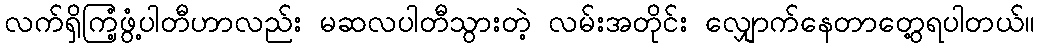
လက်ရှိကြံ့ဖွံ့ပါတီဟာလည်း မဆလပါတီသွားတဲ့ လမ်းအတိုင်း လျှောက်နေတာတွေ့ရပါတယ်။